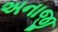
અનાજી